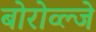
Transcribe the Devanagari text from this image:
बोरोव्ल्जे